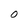
Character: O